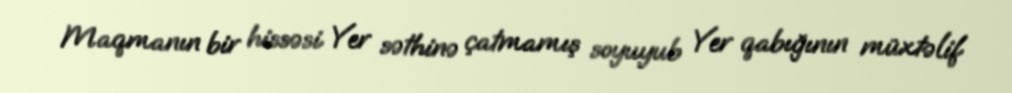
Maqmanın bir hissəsi Yer səthinə çatmamış soyuyub Yer qabığının müxtəlif